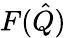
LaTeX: F(\hat{Q})